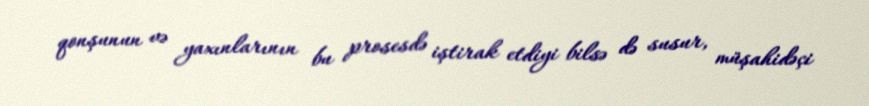
qonşunun və yaxınlarının bu prosesdə iştirak etdiyi bilsə də susur, müşahidəçi